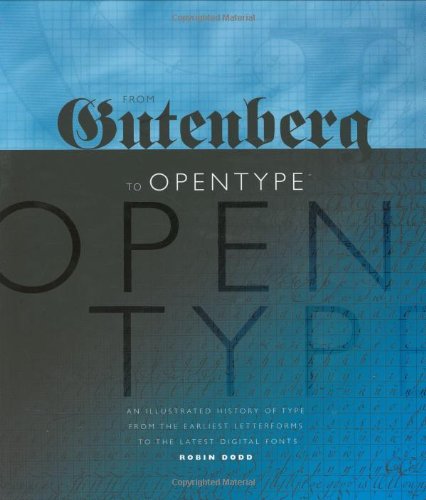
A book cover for From Gutenberg to OpenType: An Illustrated History of Type from the Earliest Letterforms to the Latest Digital Fonts; Robin Dodd; Arts & Photography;